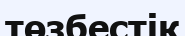
төзбестік